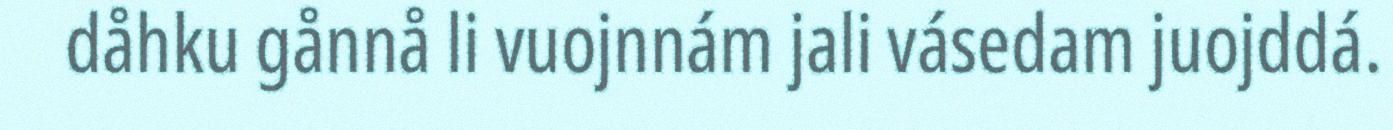
dåhku gånnå li vuojnnám jali vásedam juojddá.